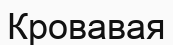
Кровавая